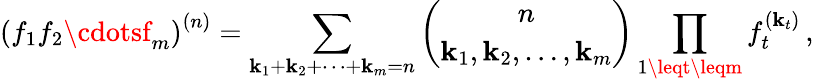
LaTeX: \left(f_{1}f_{2}\cdotsf_{m}\right)^{(n)}=\sum_{\mathbf{k}_{1}+\mathbf{k}_{2}+\cdots+\mathbf{k}_{m}=n}{\binom{n}{\mathbf{k}_{1},\mathbf{k}_{2},\ldots,\mathbf{k}_{m}}}\prod_{1\leqt\leqm}f_{t}^{(\mathbf{k}_{t})}\, ,